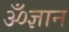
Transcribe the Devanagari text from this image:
ॐज्ञान